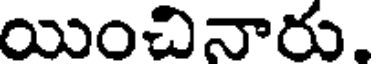
యించినారు.